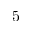
5